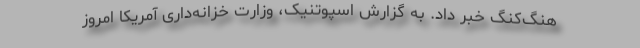
هنگ‌کنگ خبر داد. به گزارش اسپوتنیک، وزارت خزانه‌داری آمریکا امروز